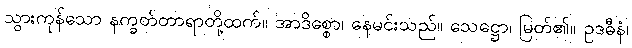
သွားကုန်သော နက္ခတ်တာရာတို့ထက်။ အာဒိစ္စော၊ နေမင်းသည်။ သေဋ္ဌော၊ မြတ်၏။ ဥဒဓီနံ၊